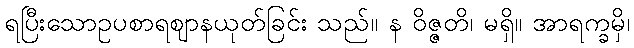
ရပြီးသောဥပစာရဈာနယုတ်ခြင်း သည်။ န ဝိဇ္ဇတိ၊ မရှိ။ အာရက္ခမှိ၊